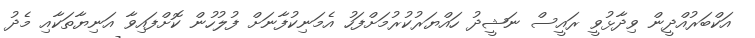
އަކްބަރުއްދީން ވިދާޅުވީ ރައީސް ނަޝީދު ހައްޔަރުކުރުމަށްފަހު އެމަނިކުފާނަށް ފުލުހުން ކޮށްފައިވާ އަނިޔާތަކާއި މެދު